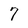
Character: 7